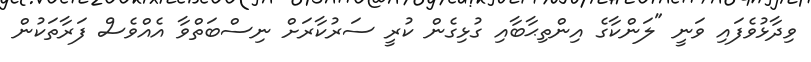
ވިދާޅުވެފައި ވަނީ "ލަންކާގެ އިންތިޙާބާއި ގުޅިގެން ކުރީ ސަރުކާރަށް ނިސްބަތްވާ އެއްވެސް ފަރާތަކުން